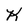
Character: K